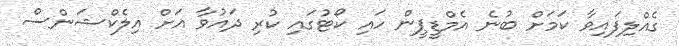
ގެއްލިފައިވާ ކަމަށް ބުނެ އެމްޑީޕީން ހައި ކޯޓުގައި ކުރި ދައުވާ އަށް އިލެކްޝަންސް